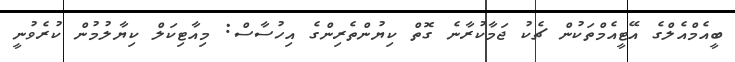
ބީއެމްއެލްގެ އޭޓީއެމްތަކުން ޗެކު ޖަމާކުރާނެ ގޮތް ކިޔުންތެރިންގެ އިހުސާސް: މިއާޓިކަލް ކިޔާލުމުން ކުރެވުނީ